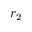
r _ { 2 }